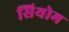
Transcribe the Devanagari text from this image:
सियोम